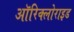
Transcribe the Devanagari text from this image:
ऑरिक्लोराइड